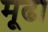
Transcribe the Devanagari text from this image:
मूढा